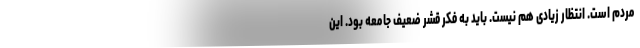
مردم است. انتظار زیادی هم نیست. باید به فکر قشر ضعیف جامعه بود. این